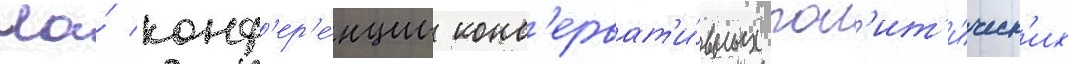
На́ конф'ер'е́нции конс'ерват'и́вных пол'ит'и́ческ'их